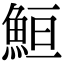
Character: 䱎